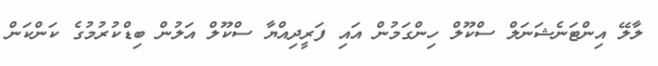
ލާލޭ އިންޓަނެޝަނަލް ސްކޫލް ހިންގަމުން އައި ފަރީދިއްޔާ ސްކޫލް އަލުން ބިޑްކުރުމުގެ ކަންކަން